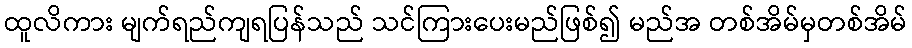
ထူလိကား မျက်ရည်ကျရပြန်သည် သင်ကြားပေးမည်ဖြစ်၍ မည်အ တစ်အိမ်မှတစ်အိမ်